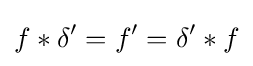
f\ast \delta ^{\prime }=f^{\prime }=\delta ^{\prime }\ast f